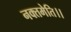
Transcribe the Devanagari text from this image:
नक्तमेति।।